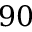
9 0